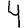
Digit: 4